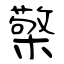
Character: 檠